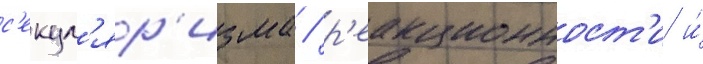
с'екул'яр'изма / р'еакционност'и и́